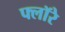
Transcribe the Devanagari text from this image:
फ्लॉरे